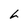
Character: L